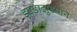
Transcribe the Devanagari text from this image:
झाडाझुडपाने